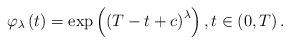
LaTeX: \begin{align*}\varphi _{\lambda }\left( t\right) =\exp \left( \left( T-t+c\right)^{\lambda }\right) ,t\in \left( 0,T\right) . \end{align*}